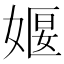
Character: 𪦈